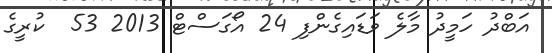
އަބްދު ހަމީދު މާލެ ވަޑައިގެންފި 24 އޯގަސްޓް 2013 53  ކުރީގެ